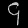
Digit: ၄